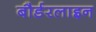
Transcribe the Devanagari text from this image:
बौर्डरलाइन